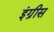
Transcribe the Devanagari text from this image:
इंग्रीस